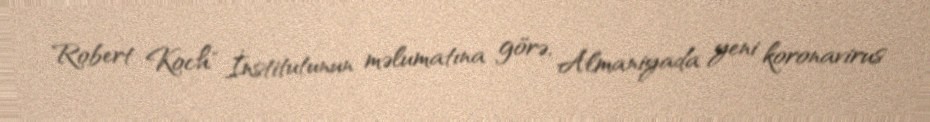
Robert Koch" İnstitutunun məlumatına görə, Almaniyada yeni koronavirus